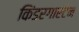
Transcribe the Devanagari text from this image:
किंडरगारटेन